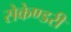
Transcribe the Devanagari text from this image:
सेकेण्‍डरी